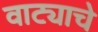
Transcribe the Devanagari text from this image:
वाट्याचे